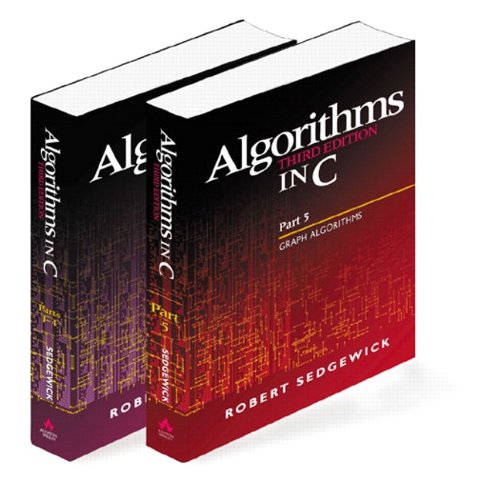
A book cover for Algorithms in C, Parts 1-5 (Bundle): Fundamentals, Data Structures, Sorting, Searching, and Graph Algorithms (3rd Edition); Robert Sedgewick; Computers & Technology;